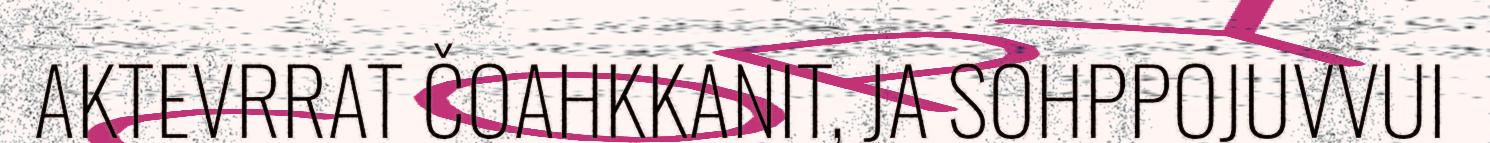
AKTEVRRAT ČOAHKKANIT, JA SOHPPOJUVVUI